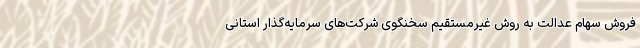
فروش سهام عدالت به روش غیرمستقیم سخنگوی شرکت‌های سرمایه‌گذار استانی